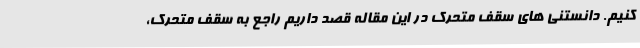
کنیم. دانستنی های سقف متحرک در این مقاله قصد داریم راجع به سقف متحرک،